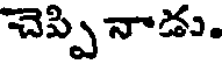
చెప్పి నాడు.